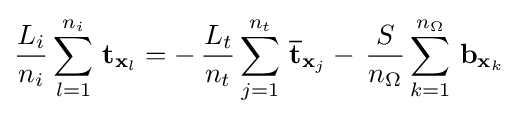
{\frac {L_{i}}{n_{i}}}\sum _{l=1}^{n_{i}}\,\mathbf {t} _{\mathbf {x} _{l}}=-\,{\frac {L_{t}}{n_{t}}}\sum _{j=1}^{n_{t}}\,{\overline {\mathbf {t} }}_{\mathbf {x} _{j}}-\,{\frac {S}{n_{\Omega }}}\sum _{k=1}^{n_{\Omega }}\,\mathbf {b} _{\mathbf {x} _{k}}